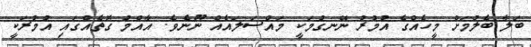
ބަލާ ބެލުމަށް މީހެއްގެ އުމުރު ނޭނގުމަކީ މައްސަލައެއް ނޫނެވެ. އާއްމު ގޮތެއްގައި އުމުރަކީ